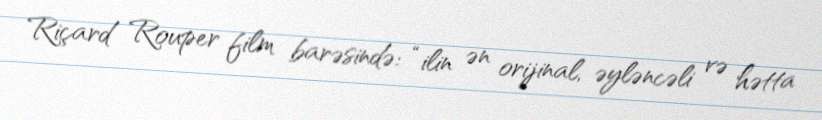
Riçard Rouper film barəsində: “ilin ən orijinal, əyləncəli və hətta